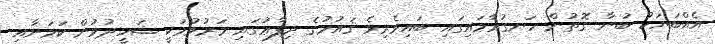
އެއްބަޔަކު ބުނާ ގޮތުން ހަނގުރާމައިގައި ބައިވެރިވެ ޤައުމުގެ ދިފާޢުގައި މަރުވުމަކީ ޝަހީދުވުން ކަމަށާއި